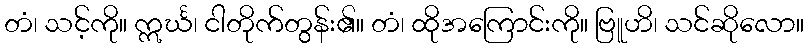
တံ၊ သင့်ကို။ ဣင်္ဃ၊ ငါတိုက်တွန်း၏။ တံ၊ ထိုအကြောင်းကို။ ဗြူဟိ၊ သင်ဆိုလော။